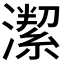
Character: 𱩛